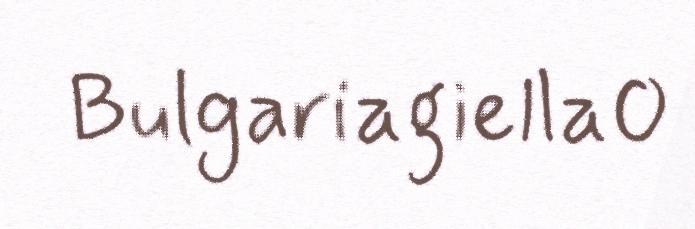
Bulgariagiella